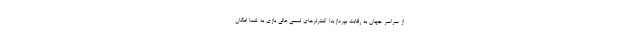
از سراسر جهان به رقابت بپردازید! کنترلرهای لمسی عالی بازی به شما امکان